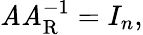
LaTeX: \mathit{A}\mathit{A}_{\mathrm{{R}}}^{-1}=I_{n},